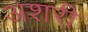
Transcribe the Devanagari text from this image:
अशरी